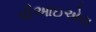
પીઆઇએલ